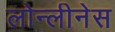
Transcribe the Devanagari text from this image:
लोन्लीनेस